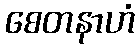
စေတနာဟံ